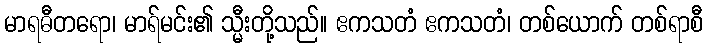
မာရဓီတရော၊ မာရ်မင်း၏ သ္မီးတို့သည်။ ဧကသတံ ဧကသတံ၊ တစ်ယောက် တစ်ရာစီ